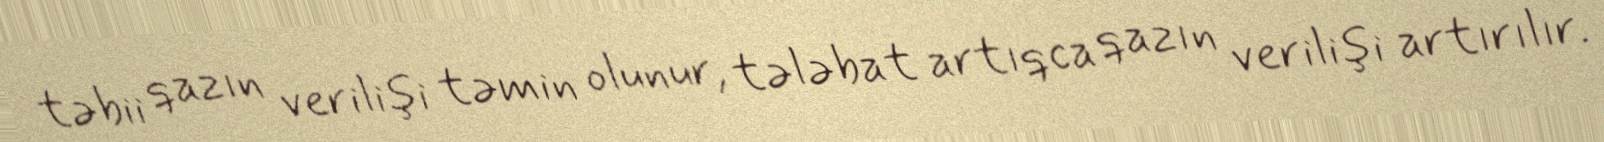
təbii qazın verilişi təmin olunur, tələbat artıqca qazın verilişi artırılır.